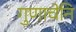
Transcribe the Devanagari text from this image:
गुणाचेनि